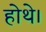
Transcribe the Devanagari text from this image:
होथे।